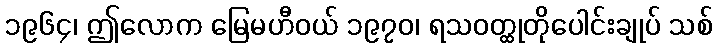
၁၉၆၄၊ ဤလောက မြေမဟီဝယ် ၁၉၇၀၊ ရသဝတ္ထုတိုပေါင်းချုပ် သစ်